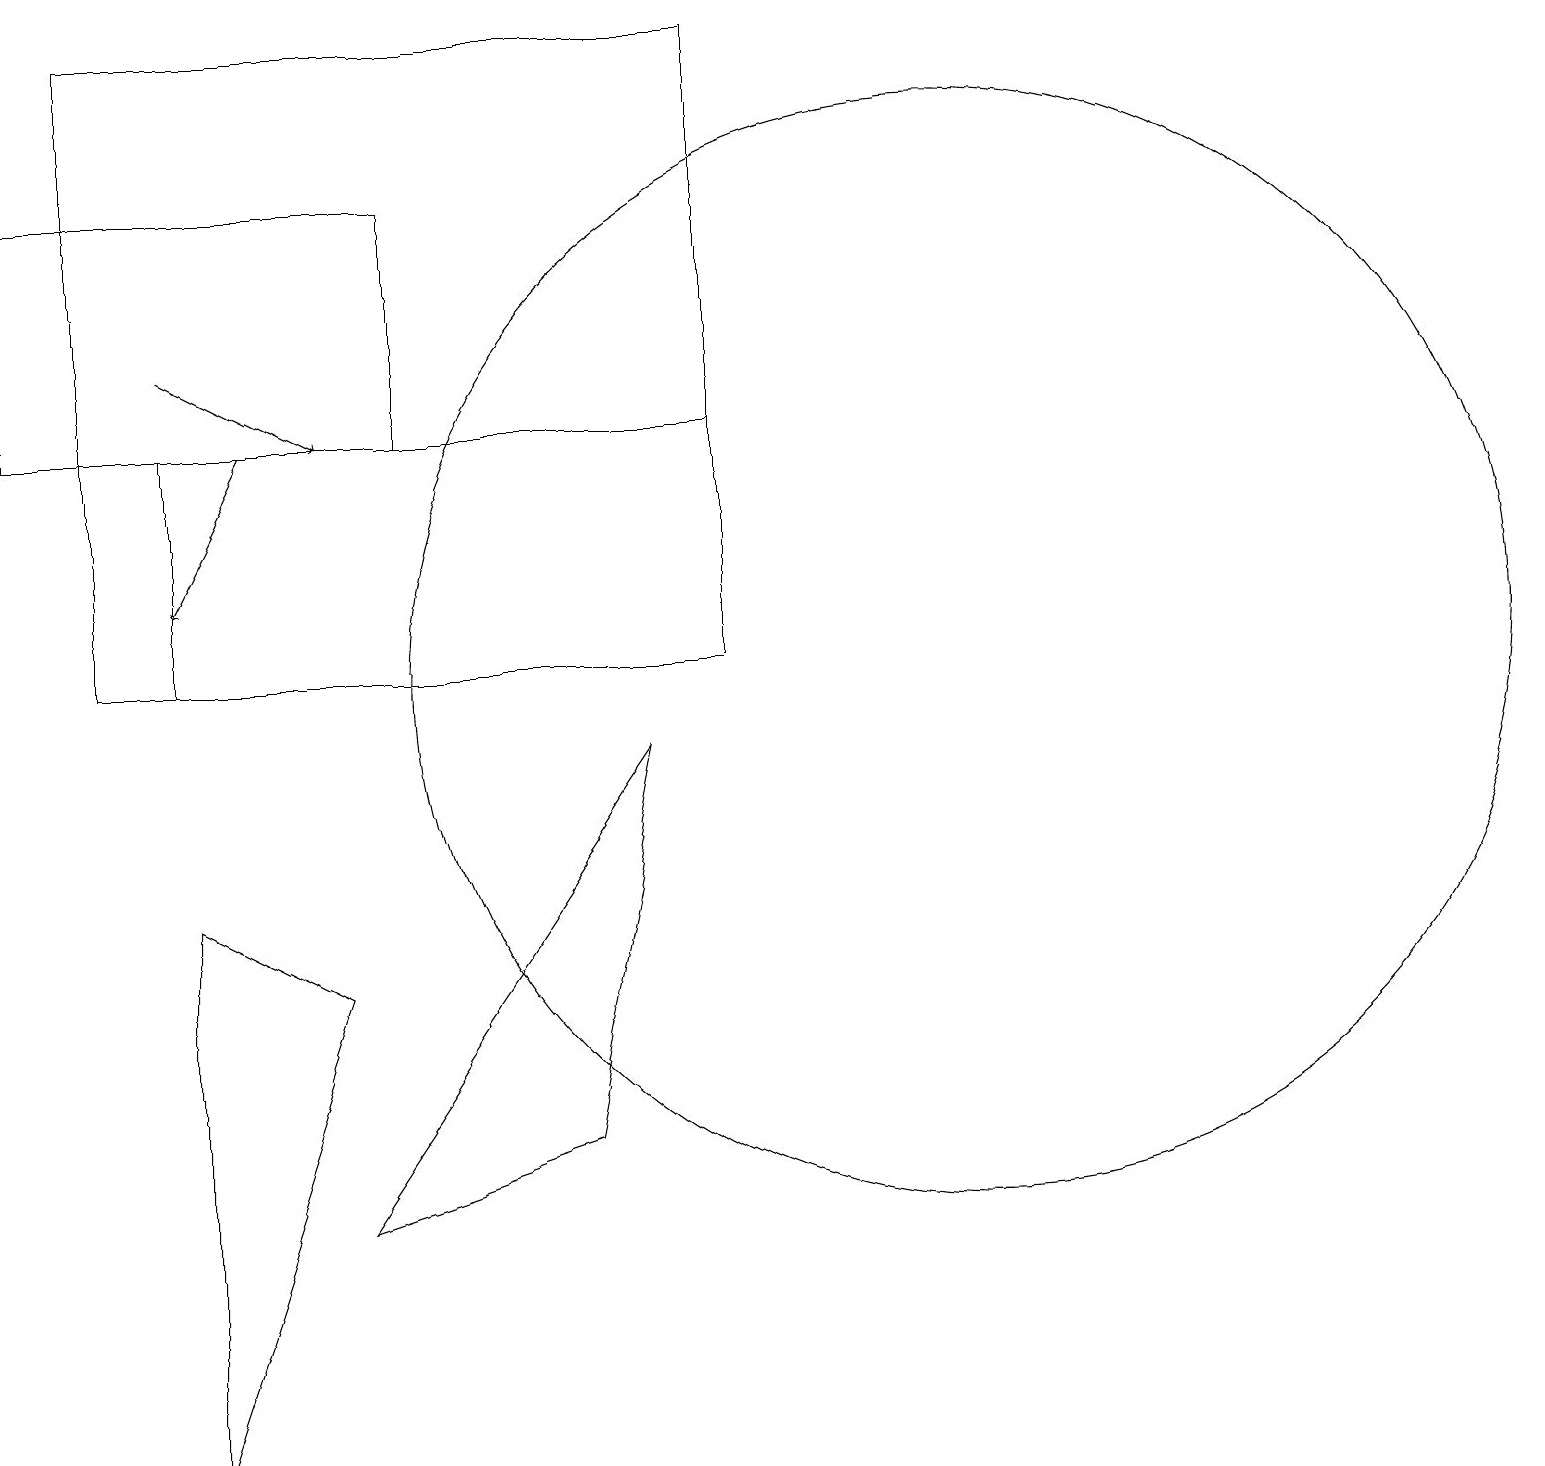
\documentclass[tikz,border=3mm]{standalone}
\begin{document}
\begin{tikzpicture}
\draw[->] (3,13) -- (2,11);
\draw (2,7) -- (2,0) -- (4,6) -- cycle;
\draw (0,16) rectangle (5,13);
\draw[->] (2,14) -- (4,13);
\draw (2,13) rectangle (9,10);
\draw (7,4) -- (8,9) -- (4,3) -- cycle;
\draw (9,18) rectangle (1,10);
\draw (12,10) circle (7);
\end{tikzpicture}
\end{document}